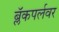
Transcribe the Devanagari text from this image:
ब्लॅकपर्लवर